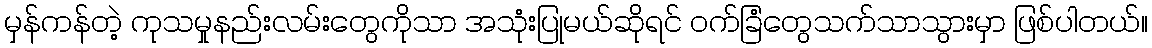
မှန်ကန်တဲ့ ကုသမှုနည်းလမ်းတွေကိုသာ အသုံးပြုမယ်ဆိုရင် ဝက်ခြံတွေသက်သာသွားမှာ ဖြစ်ပါတယ်။